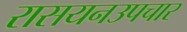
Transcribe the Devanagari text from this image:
रासयनउपचार